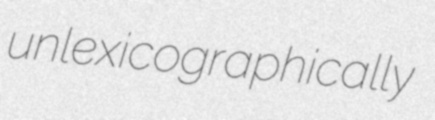
unlexicographically